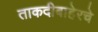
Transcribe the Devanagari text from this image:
ताकदीबाहेरचे